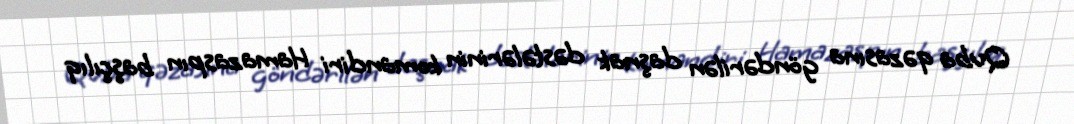
Quba qəzasına göndərilən daşnak dəstələrinin komandiri Hamazaspın başçılıq